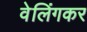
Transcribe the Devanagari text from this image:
वेलिंगकर